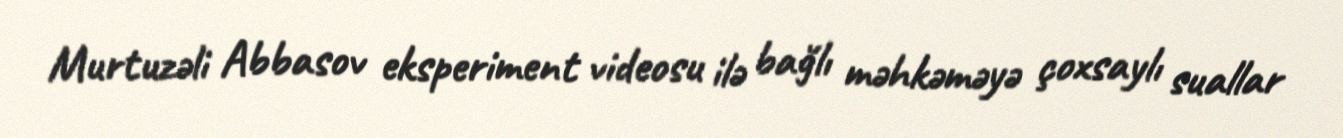
Murtuzəli Abbasov eksperiment videosu ilə bağlı məhkəməyə çoxsaylı suallar